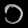
Digit: ၁